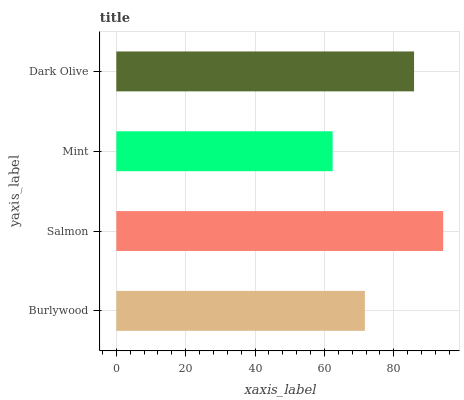
| yaxis_label | bars |
 | --- | --- |
 | Burlywood | 71.7 |
 | Salmon | 94.2 |
 | Mint | 62.4 |
 | Dark Olive | 85.9 |